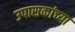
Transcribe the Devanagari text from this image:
उपासकांच्या